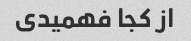
از کجا فهمیدی